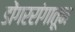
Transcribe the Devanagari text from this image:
डोंगररांगातून